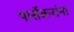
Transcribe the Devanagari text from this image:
पार्सेकरांना